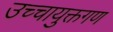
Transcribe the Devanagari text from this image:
उच्चायुक्तगण